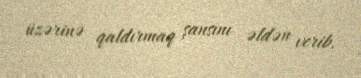
üzərinə qaldırmaq şansını əldən verib.